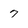
Character: 7